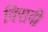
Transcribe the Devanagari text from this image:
विरावी